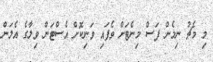
މި މެޗު ނިމެން ފަސް މިނެޓަށް ވެފައި ވަނިކޮށް އެސްޓަން ވިލާގެ އެލަން